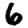
Digit: 6